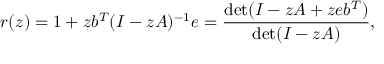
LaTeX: r ( z ) = 1 + z b ^ { T } ( I - z A ) ^ { - 1 } e = { \frac { \operatorname* { d e t } ( I - z A + z e b ^ { T } ) } { \operatorname* { d e t } ( I - z A ) } } ,